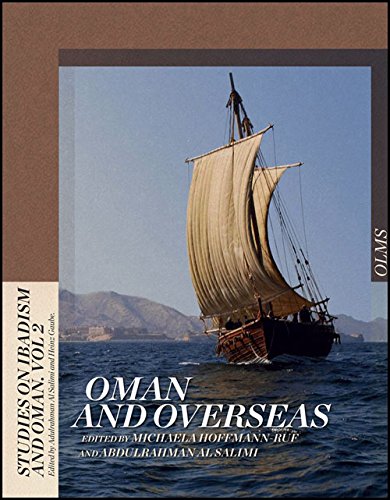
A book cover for Oman and Overseas (Studies on Ibadism and Oman); History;